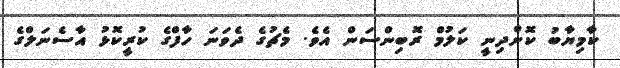
ކާމިޔާބު ކޮށްދިނީ ކަލުމް ރޮބިންސަން އެވެ. މެޗުގެ ދެވަނަ ހާފްގެ ކުރީކޮޅު އާސެނަލްގެ